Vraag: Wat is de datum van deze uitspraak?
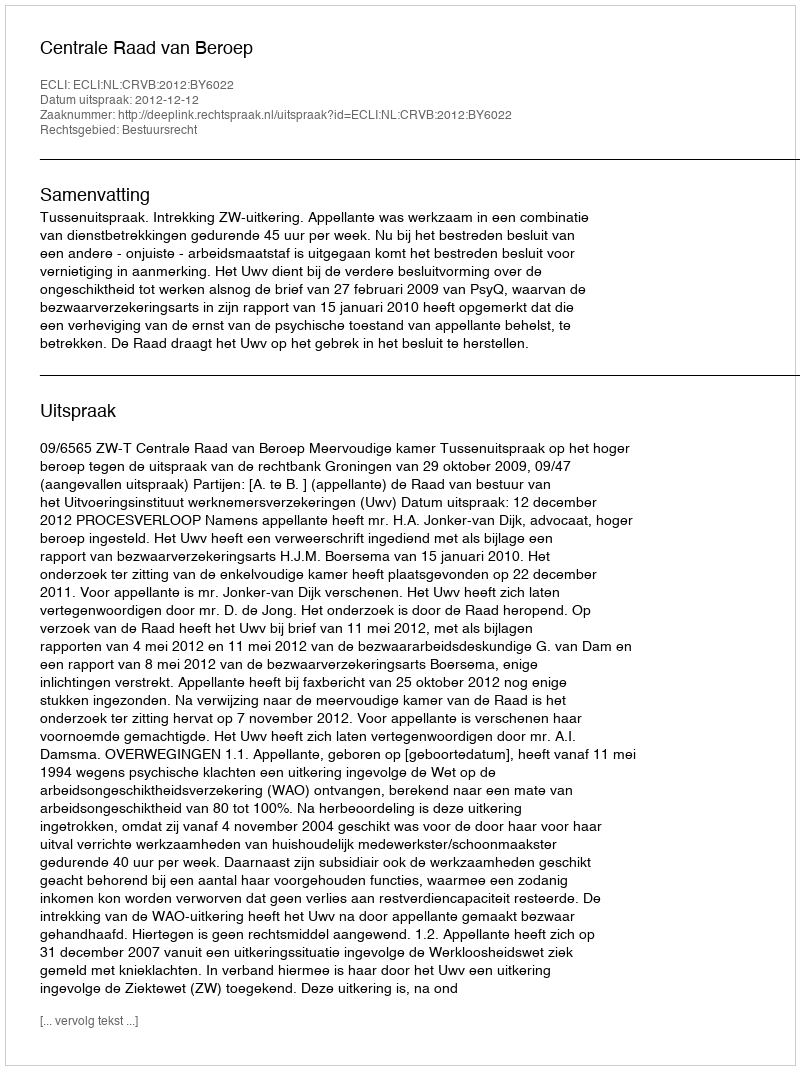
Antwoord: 2012-12-12